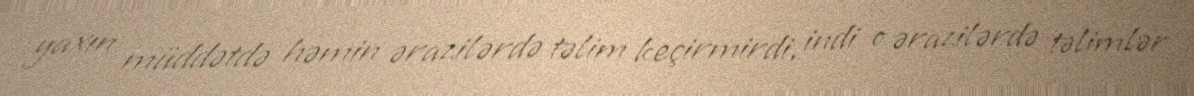
yaxın müddətdə həmin ərazilərdə təlim keçirmirdi, indi o ərazilərdə təlimlər